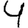
Digit: 4